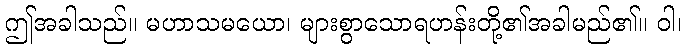
ဤအခါသည်။ မဟာသမယော၊ များစွာသောရဟန်းတို့၏အခါမည်၏။ ဝါ၊